Civil Veterinary Department. Madras. Admin. report 1926-33 - 1926-1933
Year: 1926
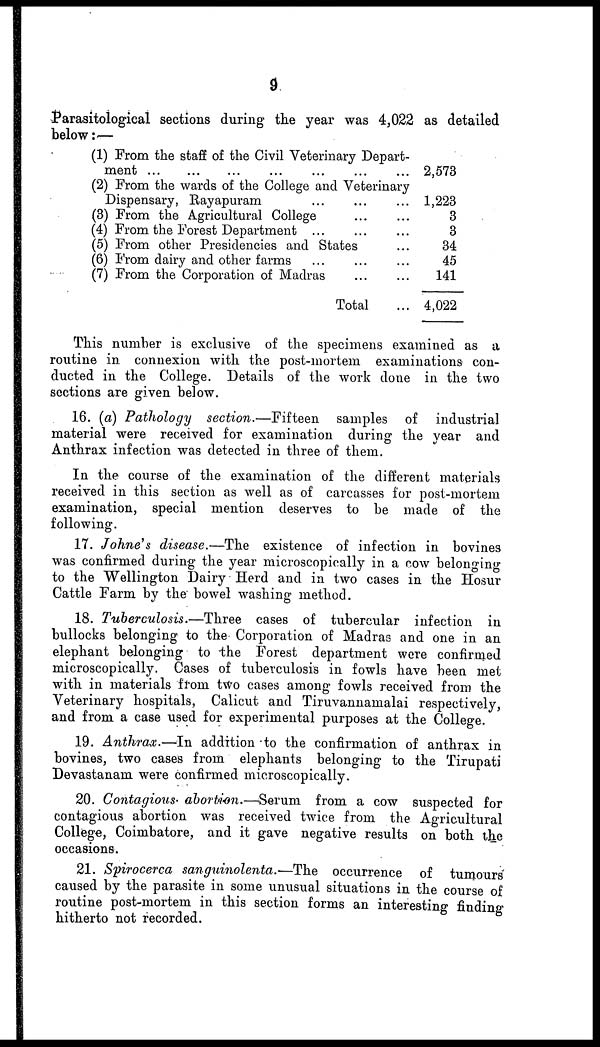
9
Parasitological sections during the year was 4,022 as detailed
below :—
(1) From the staff of the Civil Veterinary Depart-
ment ... ... ... ... ... ... ...
(2) From the wards of the College and Veterinary
Dispensary, Rayapuram ... ... ...
(8) From the Agricultural College … …
(4) From the Forest Department … … …
(5) From other Presidencies and States …
(6) From dairy and other farms … … …
(7) From the Corporation of Madras … …
Total …
2,573
1,223
3
3
34
45
141
4,022
This number is exclusive of the specimens examined as a
routine in connexion with the post-mortem examinations con-
ducted in the College. Details of the work done in the two
sections are given below.
16. (a) Pathology section.—Fifteen
samples of industrial
material were received for examination during the year and
Anthrax infection was detected in three of them.
In the course of the examination of the different materials
received in this section as well as of carcasses for post-mortem
examination, special mention deserves to be made of the
following.
17. Johne's disease.—The existence of infection in bovines
was confirmed during the year microscopically in a cow belonging
to the Wellington Dairy Herd and in two cases in the Hosur
Cattle Farm by the bowel washing method.
18. Tuberculosis.—Three cases of tubercular infection in
bullocks belonging to the Corporation of Madras and one in an
elephant belonging to the Forest department were confirmed
microscopically. Cases of tuberculosis in fowls have been met
with in materials from two cases among fowls received from the
Veterinary hospitals, Calicut and Tiruvannamalai respectively,
and from a case used for experimental purposes at the College.
19. Anthrax.—In addition to the confirmation of anthrax in
bovines, two cases from elephants belonging to the Tirupati
Devastanam were confirmed microscopically.
20. Contagious abortion.—Serum from a cow suspected for
contagious abortion was received twice from the Agricultural
College, Coimbatore, and it gave negative results on both the
occasions.
21. Spirocerca sanguinolenta.—The occurrence of tumours
caused by the parasite in some unusual situations in the course of
routine post-mortem in this section forms an interesting finding
hitherto not recorded.